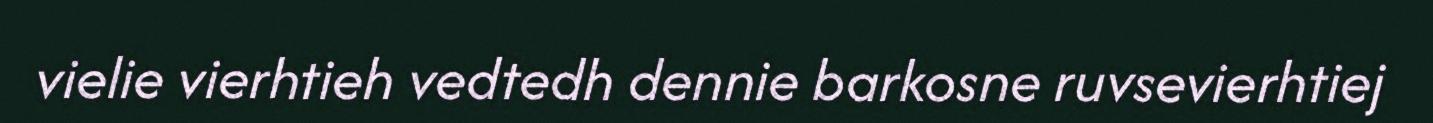
vielie vierhtieh vedtedh dennie barkosne ruvsevierhtiej